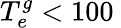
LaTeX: T_{e}^{g}<100\